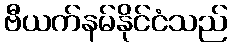
ဗီယက်နမ်နိုင်ငံသည်